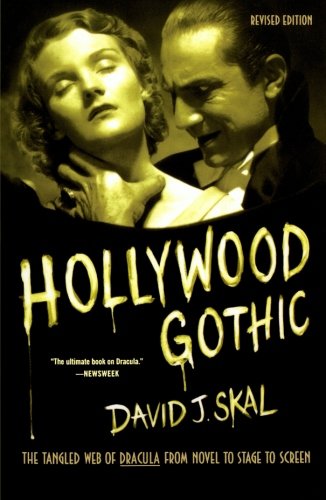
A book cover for Hollywood Gothic: The Tangled Web of Dracula from Novel to Stage to Screen; David J. Skal; Humor & Entertainment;